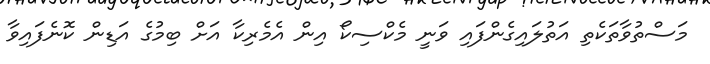
މަސްތުވާތަކެތި އަތުލައިގެންފައި ވަނީ މެކްސިކޯ އިން އެމެރިކާ އަށް ބިމުގެ އަޑިން ކޮނެފައިވާ